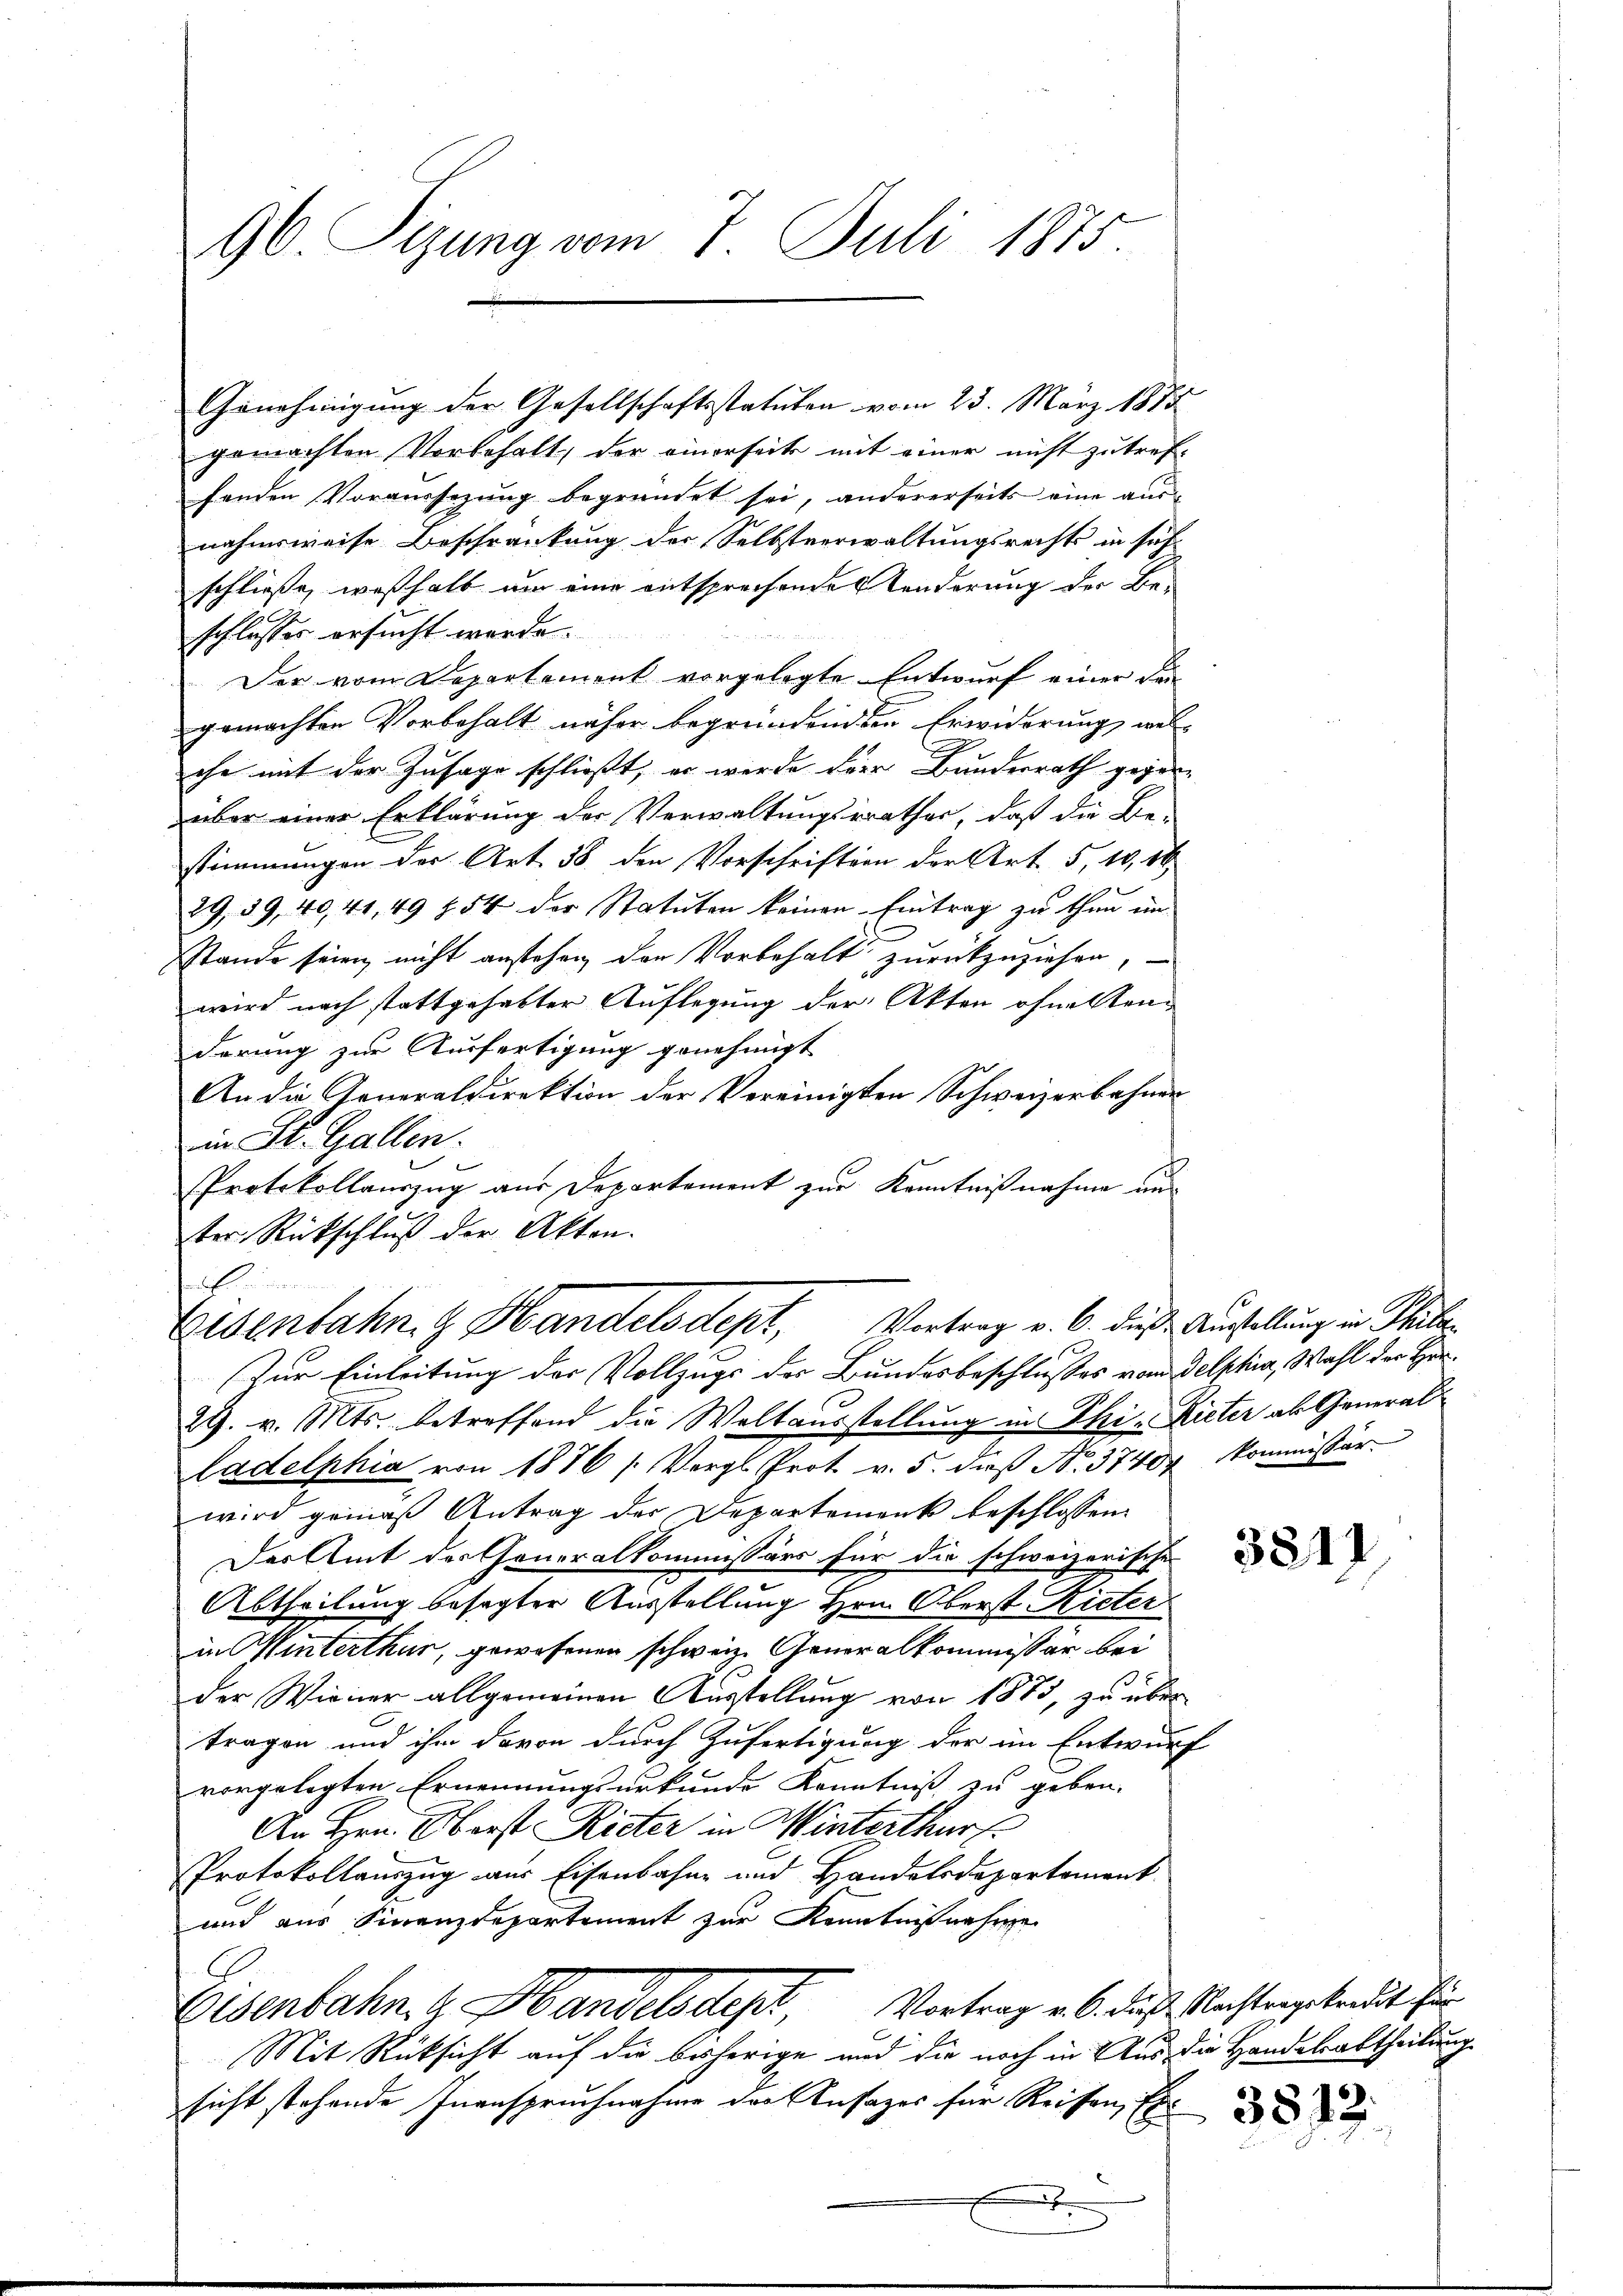
96. Sizung vom 7. Juli 1875.

Genehmigung der Gesellschaftsstatuten vom 23. März 1875
gemachten Vorbehalt, der einerseite mit einer nicht zutreffenden Voraussezung begründet sei, andererseits eine ausnahmsweise Beschränkung der Selbstverwaltungsrechts in sich
schließe, weßhalb um eine entsprechenden Sonderung der Beschlusses ersucht werde.
Der vom Departement vorgelegte Entwurf einer der
gemachten Vorbehalt näher begründenden Erwiderung, wel-
che mit der Zusage schließt, er werde der Bundesrath gegenüber einer Erklärung der Verwaltungsrathes, daß die Be-
stimmungen der Art. 38 den Vorschriften der Art. 5, 10, 18

29, 39, 40, 41, 49 f 54 der Statuten keinen Eintrag zu thun in
Stande seien nicht anstehen, den Vorbehalt zurückzuziehen,
wird nach stattgehabter Auflegung der Akten ohnetenderung zur Ausfertigung genehmigt
An die Generaldirektion der Vereinigten Schweizerbahner
in St. Gallen.
Protokollauszug aus Departement zur Kenntnißnahme unter Rückschluß der Akten.
heit
Eisenbahn. G. Handelsdept, Vortrag v. 6. dieß Austellung in Schüler
Zur Einleitung der Vollzugs der Bundesbeschlußes vom Delphia, Wahl der Her¬
29. v. Mts. betreffend die Waltausstellung in Phi - Rieter als Generalladelphia von 1876 /: Vergl. Prot. v. 5. dieß No. 37404 kommissär
wird gemäß Antrag der Departement beschlossen:
Der Amt der Generalkommissärs für die schweizerische
Abtheilung besagter Ausstellung Hrn. Oberst Rieter
in Winterthur, gewesenen schweiz. Generalkommissär bei
der Wiener allgemeinen Ausstellung von 1883, zu über
tragen und ihm davon durch Zufertigung der im Entwurf
vorgelegten Ernennungsurkunde Kenntniß zu geben.
An Hrn. Oberst Rieter in Winterthurf
Protokollauszug aus Eisenbahne und Handelsdepartement
und aus Finanzdepartement zur Kenntnißnahme
Eisenbahn & Handelsdept, Vortrag v. 6. dieß Nachtergebendet für
Mit Rüksicht auf die bisherige und die noch in Aus die Handelsabtheilung
sicht stehende Inanspruchnahme der Ansages für Reisen, Er